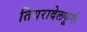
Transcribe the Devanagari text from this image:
तियरादेलफूगी